King Institute of Preventive Medicine Bacteriolog. Section reports 1907-08
Year: 1907
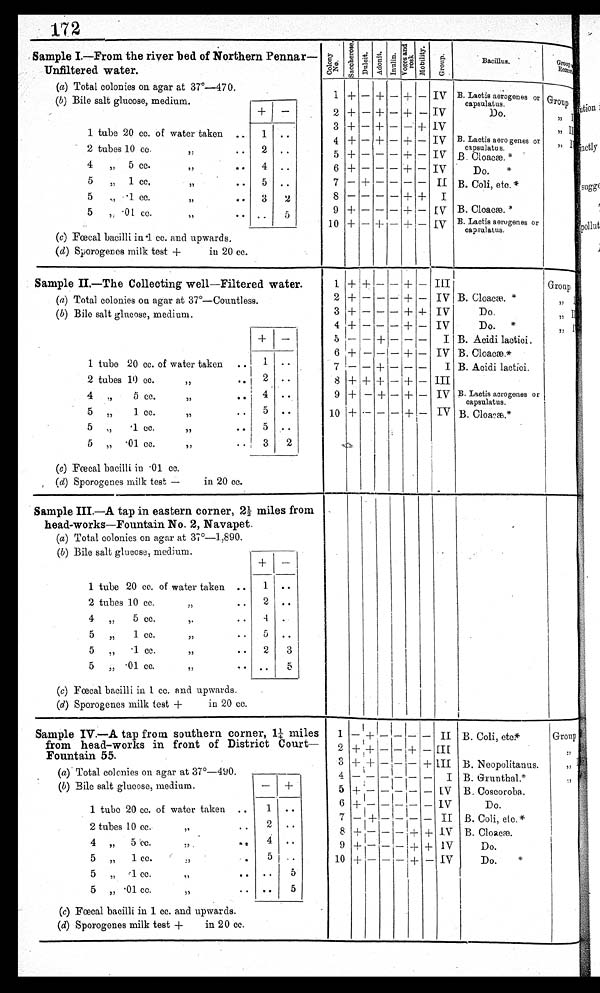
1 7 2
Sample I.—From the river bed of Northern Pennar—
Unfiltered water.
(a) Total colonies on agar at 37°-470.
(b) Bile salt glucose, medium.
1 tube 20 cc. of water taken
1 ..
2 tubes 10 cc.
..
2 ..
,,
4
„ 5 cc.
,,
..
4 ..
5
„ 1 cc.
..
5 ..
,,
5
„ .1 cc.
3
2
I,
5
. 01 cc.
• • ..
5
,,
(c) Fœcal bacilli in .1 cc. and upwards.
(d) Sporogenes milk test +
in 20 cc.
C o l o n y N o .
S a c c h e r o s e .
D u l c i t .
Adonit.
I n u l i n .
V o g e s a n d r o s k
M o b i l i t y .
B a c i l l u s G
G r o u p .
G r o u p a n d R e m a r k
Groupp
, ,
I
, ,
I I
, , I I I
, , I V
1
2
3
4
5
6
7
8
9
10
+
+
+
—
-
4-
+
—
—
—
-
-
+
-
—
—
+
+
+
-
—
-
—
+
--
—
—+
—
—
-
—
-
—
—
-I-
—
+
+
—
+
+
+—
++
—
+
—
—
—
—
—
—IV
IV
IV
IV
IV
IV
II
I
IV
IV
B. B Lactis
or
capsulatus.
Do.
B. Lactis aero genes or
capsulate s.
B. Cloacæ.*
Do.
B. Coli, etc. *
B. æ.*
B. Lactis aerogenes or
capsulatus.
Sample II.—The Collecting well—Filtered water.
(a) Total colonies on agar at 37°—Countless.
(b) Bile salt glucose, medium.
+
1 tube 20 cc. of water taken
..
2 tubes 10 cc.
, , •
•
4 .,
5 cc.
,,
•
• • •
5 „
1 cc.
,,
..
5 ..
5 „
.1 cc.
,,
.. i 5 ..
5 „ .01 cc.
,,
••
3
2
(c) Fœcal bacilli in • 01 cc,
(d) Sporogenes milk test —
in 20 cc.
1
2
3
4
5
6
7
8
9
10
+
+
-I--
+
—
+
—
+
+
+
+
—
—
—
—
—
—
+
—
.—
—
—
—
+
--1—
+
+
+
—
—
—
—
—
I —
—
—
—
—
+
+
+
+
—
+
+
-I-
+
—
—
—
—
—
—
—
—
III
IV
IV
IV
I
IV
I
III
IV
IV
B. Cloacæ.*
Do.
Do. *
B. Acidi lactici,
B. Cloacæ.*
B. Acidi lactici.
B. Lactis acrogenes or
capsulatus.
B. Cloacæ.
*
Group
,,
Sample III.—A tap in eastern corner, 2½ miles from
head-works—Fountain No. 2, Navapet.
(a) Total colonies on agar at 37°-1,890.
(b) Bile salt glucose, medium.
+ —
1 tube 20 cc. of water taken ..
1 f • •
2 tubes 10 cc.
,,
• •
2 i..
4 „ 5 cc.
,.
..
1
5
„
1 cc.
,,
..
5 ., • 1 cc.
,,
..
2
3
5 „ • 01 cc.
,,
, . ..
(c) Fœcal bacilli in I cc. and upwards.
(d) Sporogenes milk test +
in 20 cc.
Sample IV.--A tap from southern corner, 1¼ miles
from head-works in front of District Court— I
Fountain 55.
(a) . Total colonies on agar at 37°-490.
(b) Bile salt glucose, medium.
— +
1 tube 20 cc. of water taken ..
1 • .
2 tubes 10 cc.
,,
•• •
2 ..
4 ,, 5 'cc.
,, . „.. 4 ..
5 „
1 cc.
,, ,, • 5 ..
5 „ 1 cc.
,,
.. ..
5
5 „ .01 cc.
.. •.
5
(c) Fœcal bacilli in 1 cc. and upwards.
(d) Sporogenes milk test +
in 20 cc.
1
2
3
5
6
7
8
9
10
4
—
+
--V-
+
—
+
+
+
+
+
+
—
—
I +
—
—
—
_
—
—
—
—
—
—
—
—
—
—
— +
1
—+
+
—
—
i d-
—
—
+
—
—
—
+
+
—
II
III
III
I
I V
IV
II
IV
IV
IV
B. Coli, etc
B. Neopolitanus.
B. Grunthal.*
B. Coscoroba.
Do.
B. Coli, etc.*
B. Cloacæ.
Do.
Do.
Group
,,